Annual returns of the Patna Lunatic Asylum at Bankipore in Bihar and Orissa - 1912-1924
Year: 1912
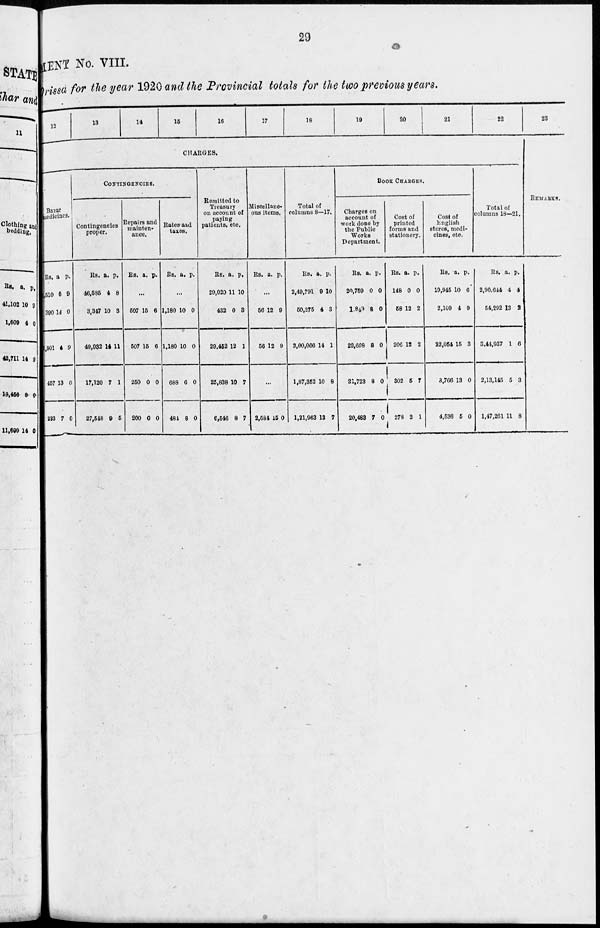
29
STATEMENT
No. VIII.
Orissa for the year 1920 and the Provincial totals for the two previous years.
12
13
14
15
16
17
18
19
20
21
22
CHARGES.
Bazar
medicines.
Rs.
4,510
390
1,901
457
223
a.
6
14
4
13
7
p.
9
0
9
0
0
CONTINGENCIES.
Contingencies
proper.
Rs.
46,585
3,347
49,932
17,120
27,548
a.
4
10
14
7
9
p.
8
3
11
1
5
Repairs and
mainten-
ance.
Rs. a. p.
...
507
507
250
200
15
15
0
0
6
6
0
0
Rates and
taxes.
Rs. a. p.
...
1,180
1,180
688
484
10
10
6
8
0
0
0
0
Remitted to
Treasury
on account of
paying
patients, etc.
Rs.
20,020
432
29,452
25,838
6,546
a.
11
0
12
10
8
p.
10
8
1
7
7
Miscellane-
ous items.
Rs. a. p.
...
56
56
12
12
9
9
...
2,584 15 0
Total of
columns 8—17.
Rs.
2,49,791
50,275
3,00,066
1,87,352
1,21,963
a.
9
4
14
10
13
p.
10
3
1
8
7
BOOK CHARGES.
Charges on
account of
work done by
the Public
Works
Department.
Rs.
20,769
1,849
22,608
21,723
20,483
a.
0
8
8
8
7
p.
0
0
0
0
0
Cost of
printed
forms and
stationery.
Rs.
148
58
206
302
278
a.
0
12
12
5
2
p.
0
2
3
7
11
Cost of
English
stores, medi-
cines, etc.
Rs.
19,945
2,169
22,054
3,766
4,536
a.
10
4
15
13
5
p.
6
9
3
0
0
Total of
columns 18—21.
Rs.
2,90,644
54,292
3,41,937
2,13,145
1,47,201
a.
4
13
1
5
11
p.
4
2
6
3
8
23
REMARKS.